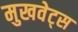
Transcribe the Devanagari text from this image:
मुखवेट्स